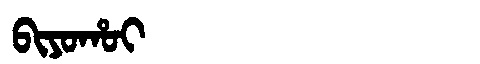
Manchu: ᠪᡳᠶᠣᡥᠣᡳ
Romanization: BIYOHOI